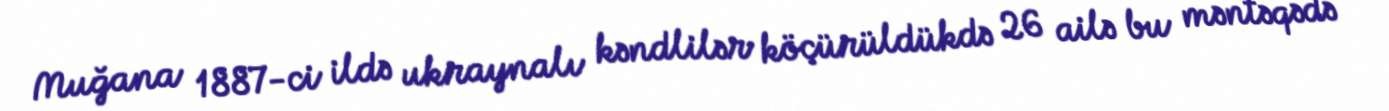
Muğana 1887-ci ildə ukraynalı kəndlilər köçürüldükdə 26 ailə bu məntəqədə